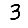
Digit: 3